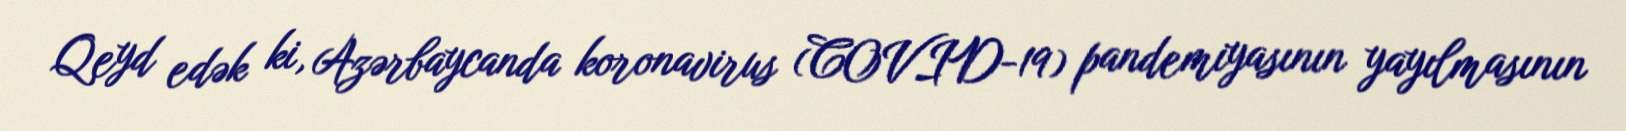
Qeyd edək ki, Azərbaycanda koronavirus (COVID-19) pandemiyasının yayılmasının